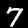
Label: 7